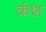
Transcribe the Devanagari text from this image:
कंश